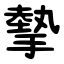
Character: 摰